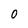
Character: 0